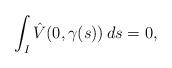
LaTeX: \begin{align*}\int_I \hat{V}(0,\gamma(s))\,ds =0,\end{align*}